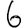
Digit: 6